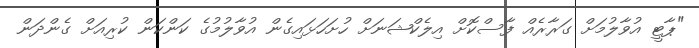
"ޕާޓީ އުވާލުމަށް ގަރާރެއް ފާސްކޮށް އިލެކްޝަނަށް ހުށަހަޅައިގެން އުވާލުމުގެ ކަންކަން ކުރިއަށް ގެންދަން